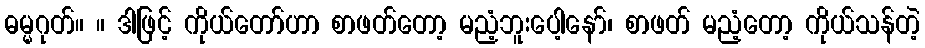
ဓမ္မဂုတ်။ ။ ဒါဖြင့် ကိုယ်တော်ဟာ စာဖတ်တော့ မညံ့ဘူးပေါ့နော်၊ စာဖတ် မညံ့တော့ ကိုယ်သန်တဲ့